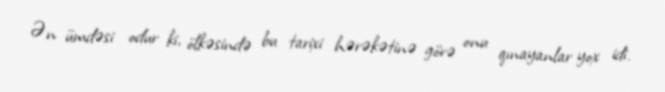
Ən ümdəsi odur ki, ölkəsində bu tarixi hərəkətinə görə onu qınayanlar yox idi.